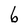
Character: 6